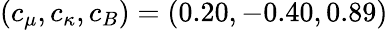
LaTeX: (c_{\mu},c_{\kappa},c_{B})=(0.20,-0.40,0.89)